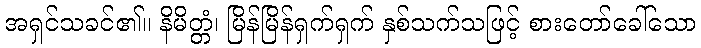
အရှင်သခင်၏။ နိမိတ္တံ၊ မြိန်မြိန်ရှက်ရှက် နှစ်သက်သဖြင့် စားတော်ခေါ်သော